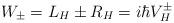
LaTeX: \begin{align*}W_{\pm} = L_H \pm R_H = i\hbar V^{\pm}_{H} \end{align*}